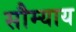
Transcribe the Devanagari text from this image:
सौम्याय